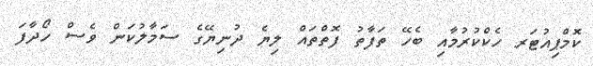
ކޮމްޕިއުޓަރ ހެކްކުރުމާއި ބެހޭ ތަފާތު ފޮތްތައް ލިޔެ ދުނިޔޭގެ ސަމާލުކަން ވެސް ހޯދާފަ